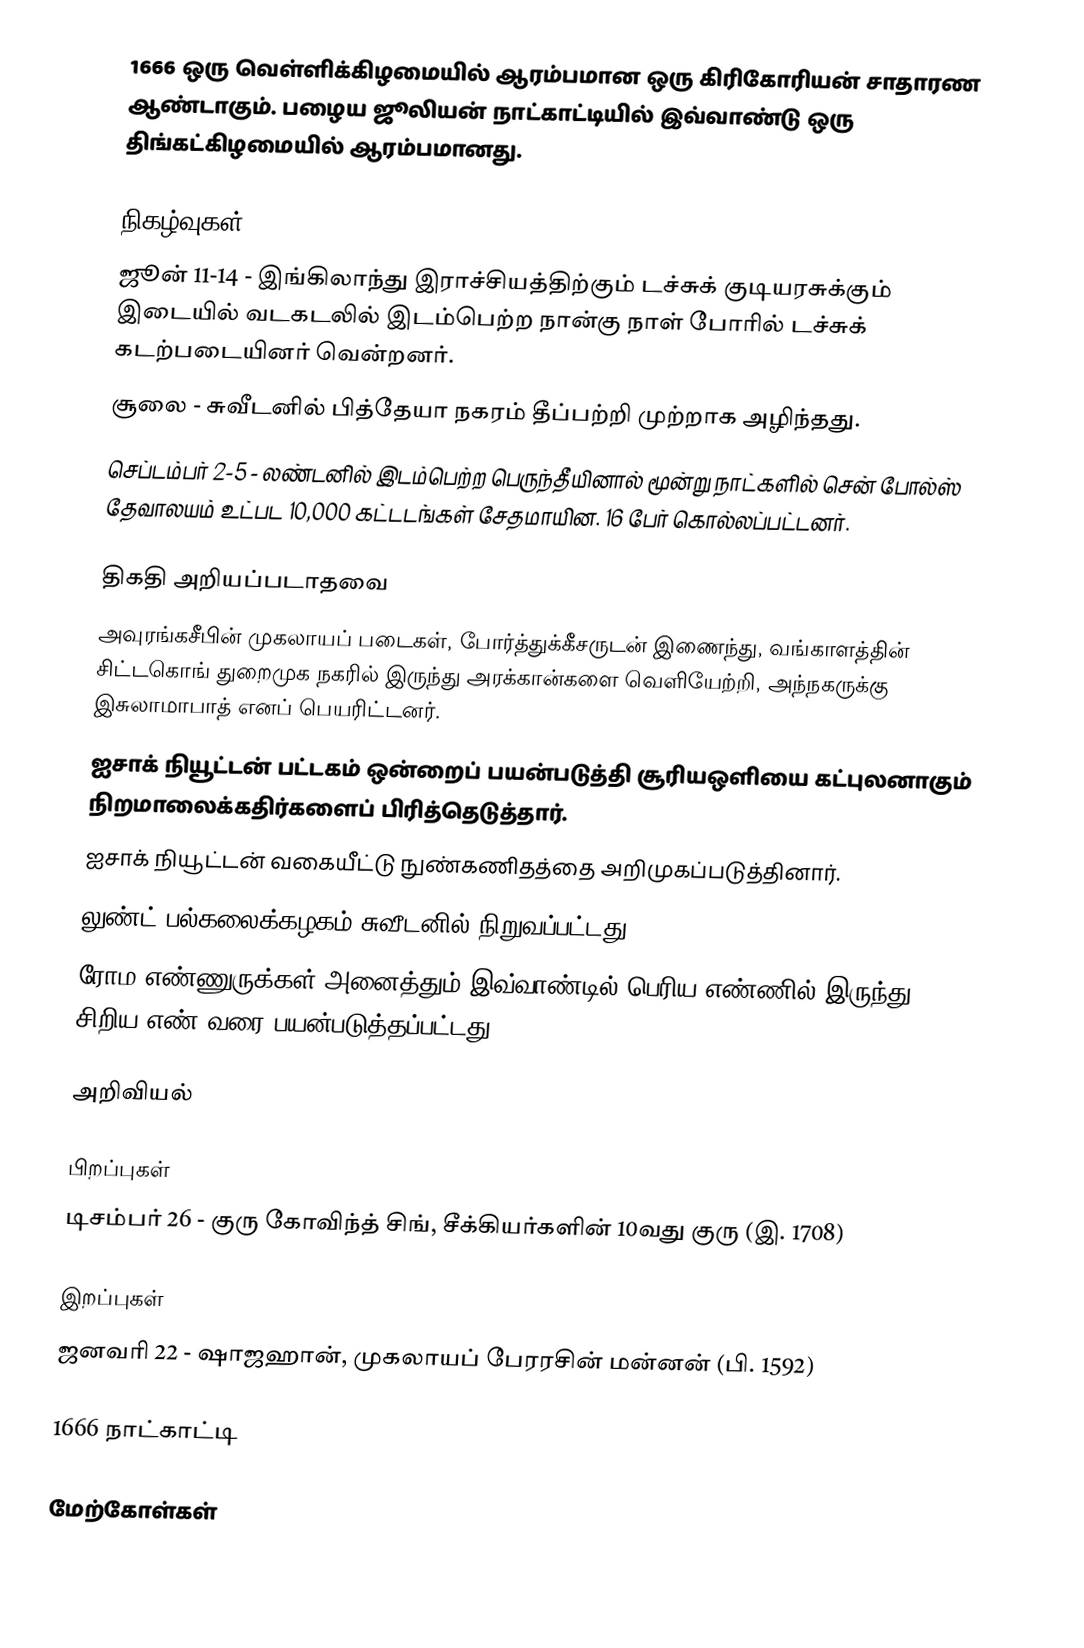
1666 ஒரு வெள்ளிக்கிழமையில் ஆரம்பமான ஒரு கிரிகோரியன் சாதாரண ஆண்டாகும். பழைய ஜூலியன் நாட்காட்டியில் இவ்வாண்டு ஒரு திங்கட்கிழமையில் ஆரம்பமானது.

நிகழ்வுகள்
 ஜூன் 11-14 - இங்கிலாந்து இராச்சியத்திற்கும் டச்சுக் குடியரசுக்கும் இடையில் வடகடலில் இடம்பெற்ற நான்கு நாள் போரில் டச்சுக் கடற்படையினர் வென்றனர்.
 சூலை - சுவீடனில் பித்தேயா நகரம் தீப்பற்றி முற்றாக அழிந்தது.
 செப்டம்பர் 2-5 - லண்டனில் இடம்பெற்ற பெருந்தீயினால் மூன்று நாட்களில் சென் போல்ஸ் தேவாலயம் உட்பட 10,000 கட்டடங்கள் சேதமாயின. 16 பேர் கொல்லப்பட்டனர்.

திகதி அறியப்படாதவை
 அவுரங்கசீபின் முகலாயப் படைகள், போர்த்துக்கீசருடன் இணைந்து, வங்காளத்தின் சிட்டகொங் துறைமுக நகரில் இருந்து அரக்கான்களை வெளியேற்றி, அந்நகருக்கு இசுலாமாபாத் எனப் பெயரிட்டனர்.
 ஐசாக் நியூட்டன் பட்டகம் ஒன்றைப் பயன்படுத்தி சூரியஒளியை கட்புலனாகும் நிறமாலைக்கதிர்களைப் பிரித்தெடுத்தார்.
 ஐசாக் நியூட்டன் வகையீட்டு நுண்கணிதத்தை அறிமுகப்படுத்தினார்.
 லுண்ட் பல்கலைக்கழகம் சுவீடனில் நிறுவப்பட்டது.
 ரோம எண்ணுருக்கள் அனைத்தும் இவ்வாண்டில் பெரிய எண்ணில் இருந்து சிறிய எண் வரை பயன்படுத்தப்பட்டது (MDCLXVI = 1666).

அறிவியல்

பிறப்புகள்
 டிசம்பர் 26 - குரு கோவிந்த் சிங், சீக்கியர்களின் 10வது குரு (இ. 1708)

இறப்புகள்
 ஜனவரி 22 - ஷாஜஹான், முகலாயப் பேரரசின் மன்னன் (பி. 1592)

1666 நாட்காட்டி

மேற்கோள்கள்